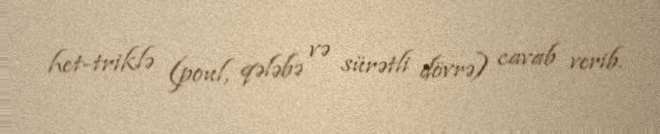
het-triklə (poul, qələbə və sürətli dövrə) cavab verib.